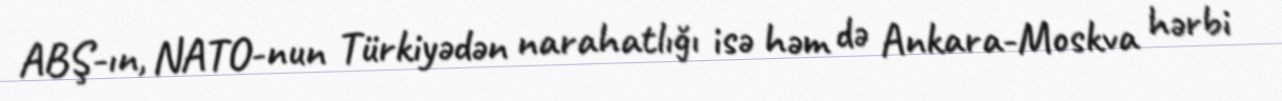
ABŞ-ın, NATO-nun Türkiyədən narahatlığı isə həm də Ankara-Moskva hərbi